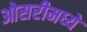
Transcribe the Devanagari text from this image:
ओसरीमध्ये